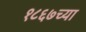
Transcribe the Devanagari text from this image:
१८६७च्या